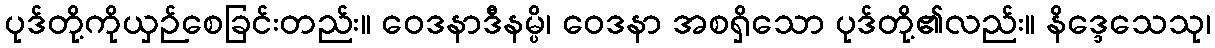
ပုဒ်တို့ကိုယှဉ်စေခြင်းတည်း။ ဝေဒနာဒီနမ္ပိ၊ ဝေဒနာ အစရှိသော ပုဒ်တို့၏လည်း။ နိဒ္ဒေသေသု၊